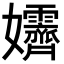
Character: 𡤴